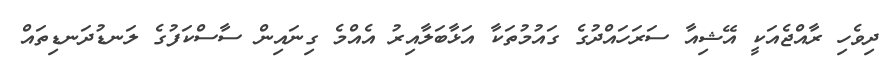
ދިވެހި ރާއްޖެއަކީ އޭޝިއާ ސަރަހައްދުގެ ގައުމުތަކާ އަޅާބަލާއިރު އެއްމެ ގިނައިން ސާސްކަފުގެ ލަނޑުދަނޑިތައް